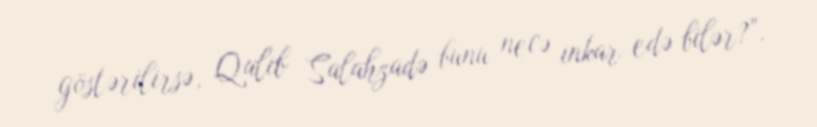
göstərilirsə, Qalib Salahzadə bunu necə inkar edə bilər?”.